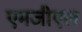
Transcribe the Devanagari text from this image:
एमजीएल